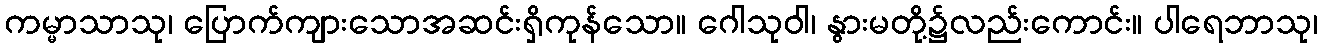
ကမ္မာသာသု၊ ပြောက်ကျားသောအဆင်းရှိကုန်သော။ ဂေါသုဝါ၊ နွားမတို့၌လည်းကောင်း။ ပါရေဘာသု၊